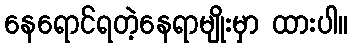
နေရောင်ရတဲ့နေရာမျိုးမှာ ထားပါ။